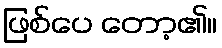
ဖြစ်ပေ တော့၏။